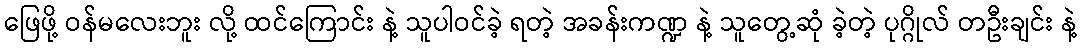
ဖြေဖို့ ဝန်မလေးဘူး လို့ ထင်ကြောင်း နဲ့ သူပါဝင်ခဲ့ ရတဲ့ အခန်းကဏ္ဍ နဲ့ သူတွေ့ဆုံ ခဲ့တဲ့ ပုဂ္ဂိုလ် တဦးချင်း နဲ့